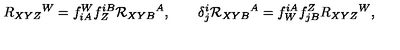
R _ { X Y Z } { } ^ { W } = f _ { i A } ^ { W } f _ { Z } ^ { i B } { \cal R } _ { X Y B } { } ^ { A } , \qquad \delta _ { j } ^ { i } { \cal R } _ { X Y B } { } ^ { A } = f _ { W } ^ { i A } f _ { j B } ^ { Z } R _ { X Y Z } { } ^ { W } ,